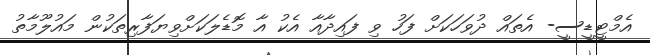
އެމްޓީޑީސީ- އެތައް ދުވަހަކަށް ފަހު ވި ފައިދާއާ އެކު އާ މޮޑެލަކަށްވިޔަފާރިތަކުން މައުލޫމާތު